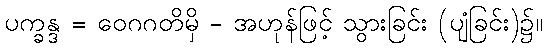
ပက္ခန္ဒ = ဝေဂဂတိမှိ - အဟုန်ဖြင့် သွားခြင်း (ပျံခြင်း)၌။